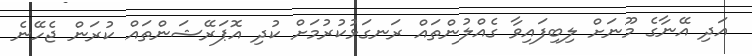
އަދި އޭނާގެ މޫނަށް ލިބިފައިވާ ގެއްލުންތައް ރަނގަޅުކުރުމަށް ކުދި އޮޕަރޭޝަންތައް ކުރަން ޖެހޭނެ